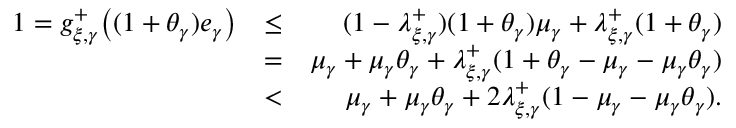
\begin{array} { r l r } { \textstyle 1 = g _ { \xi , \gamma } ^ { + } \bigl ( ( 1 + \theta _ { \gamma } ) e _ { \gamma } \bigr ) } & { \leq } & { ( 1 - \lambda _ { \xi , \gamma } ^ { + } ) ( 1 + \theta _ { \gamma } ) \mu _ { \gamma } + \lambda _ { \xi , \gamma } ^ { + } ( 1 + \theta _ { \gamma } ) } \\ & { = } & { \mu _ { \gamma } + \mu _ { \gamma } \theta _ { \gamma } + \lambda _ { \xi , \gamma } ^ { + } ( 1 + \theta _ { \gamma } - \mu _ { \gamma } - \mu _ { \gamma } \theta _ { \gamma } ) } \\ & { < } & { \mu _ { \gamma } + \mu _ { \gamma } \theta _ { \gamma } + 2 \lambda _ { \xi , \gamma } ^ { + } ( 1 - \mu _ { \gamma } - \mu _ { \gamma } \theta _ { \gamma } ) . } \end{array}